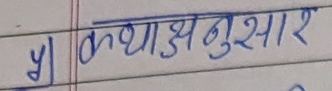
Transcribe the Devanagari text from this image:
y) कथाअनुसार